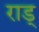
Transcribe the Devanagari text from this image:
राड्